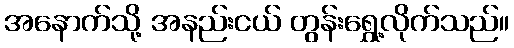
အနောက်သို့ အနည်းငယ် တွန်းရွှေ့လိုက်သည်။